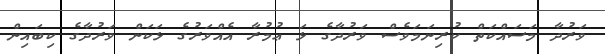
ވަރުދާ މަސައްކަތް ކުރިނަމަވެސް ވަރުދާގެ ޅަ ޢުމުރާ އެއްވަރުގެ ޅަކަން ވަރުދާގެ ކިބައިން